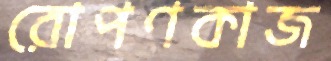
রোপণকাজ